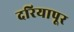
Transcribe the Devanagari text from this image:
दरियापूर